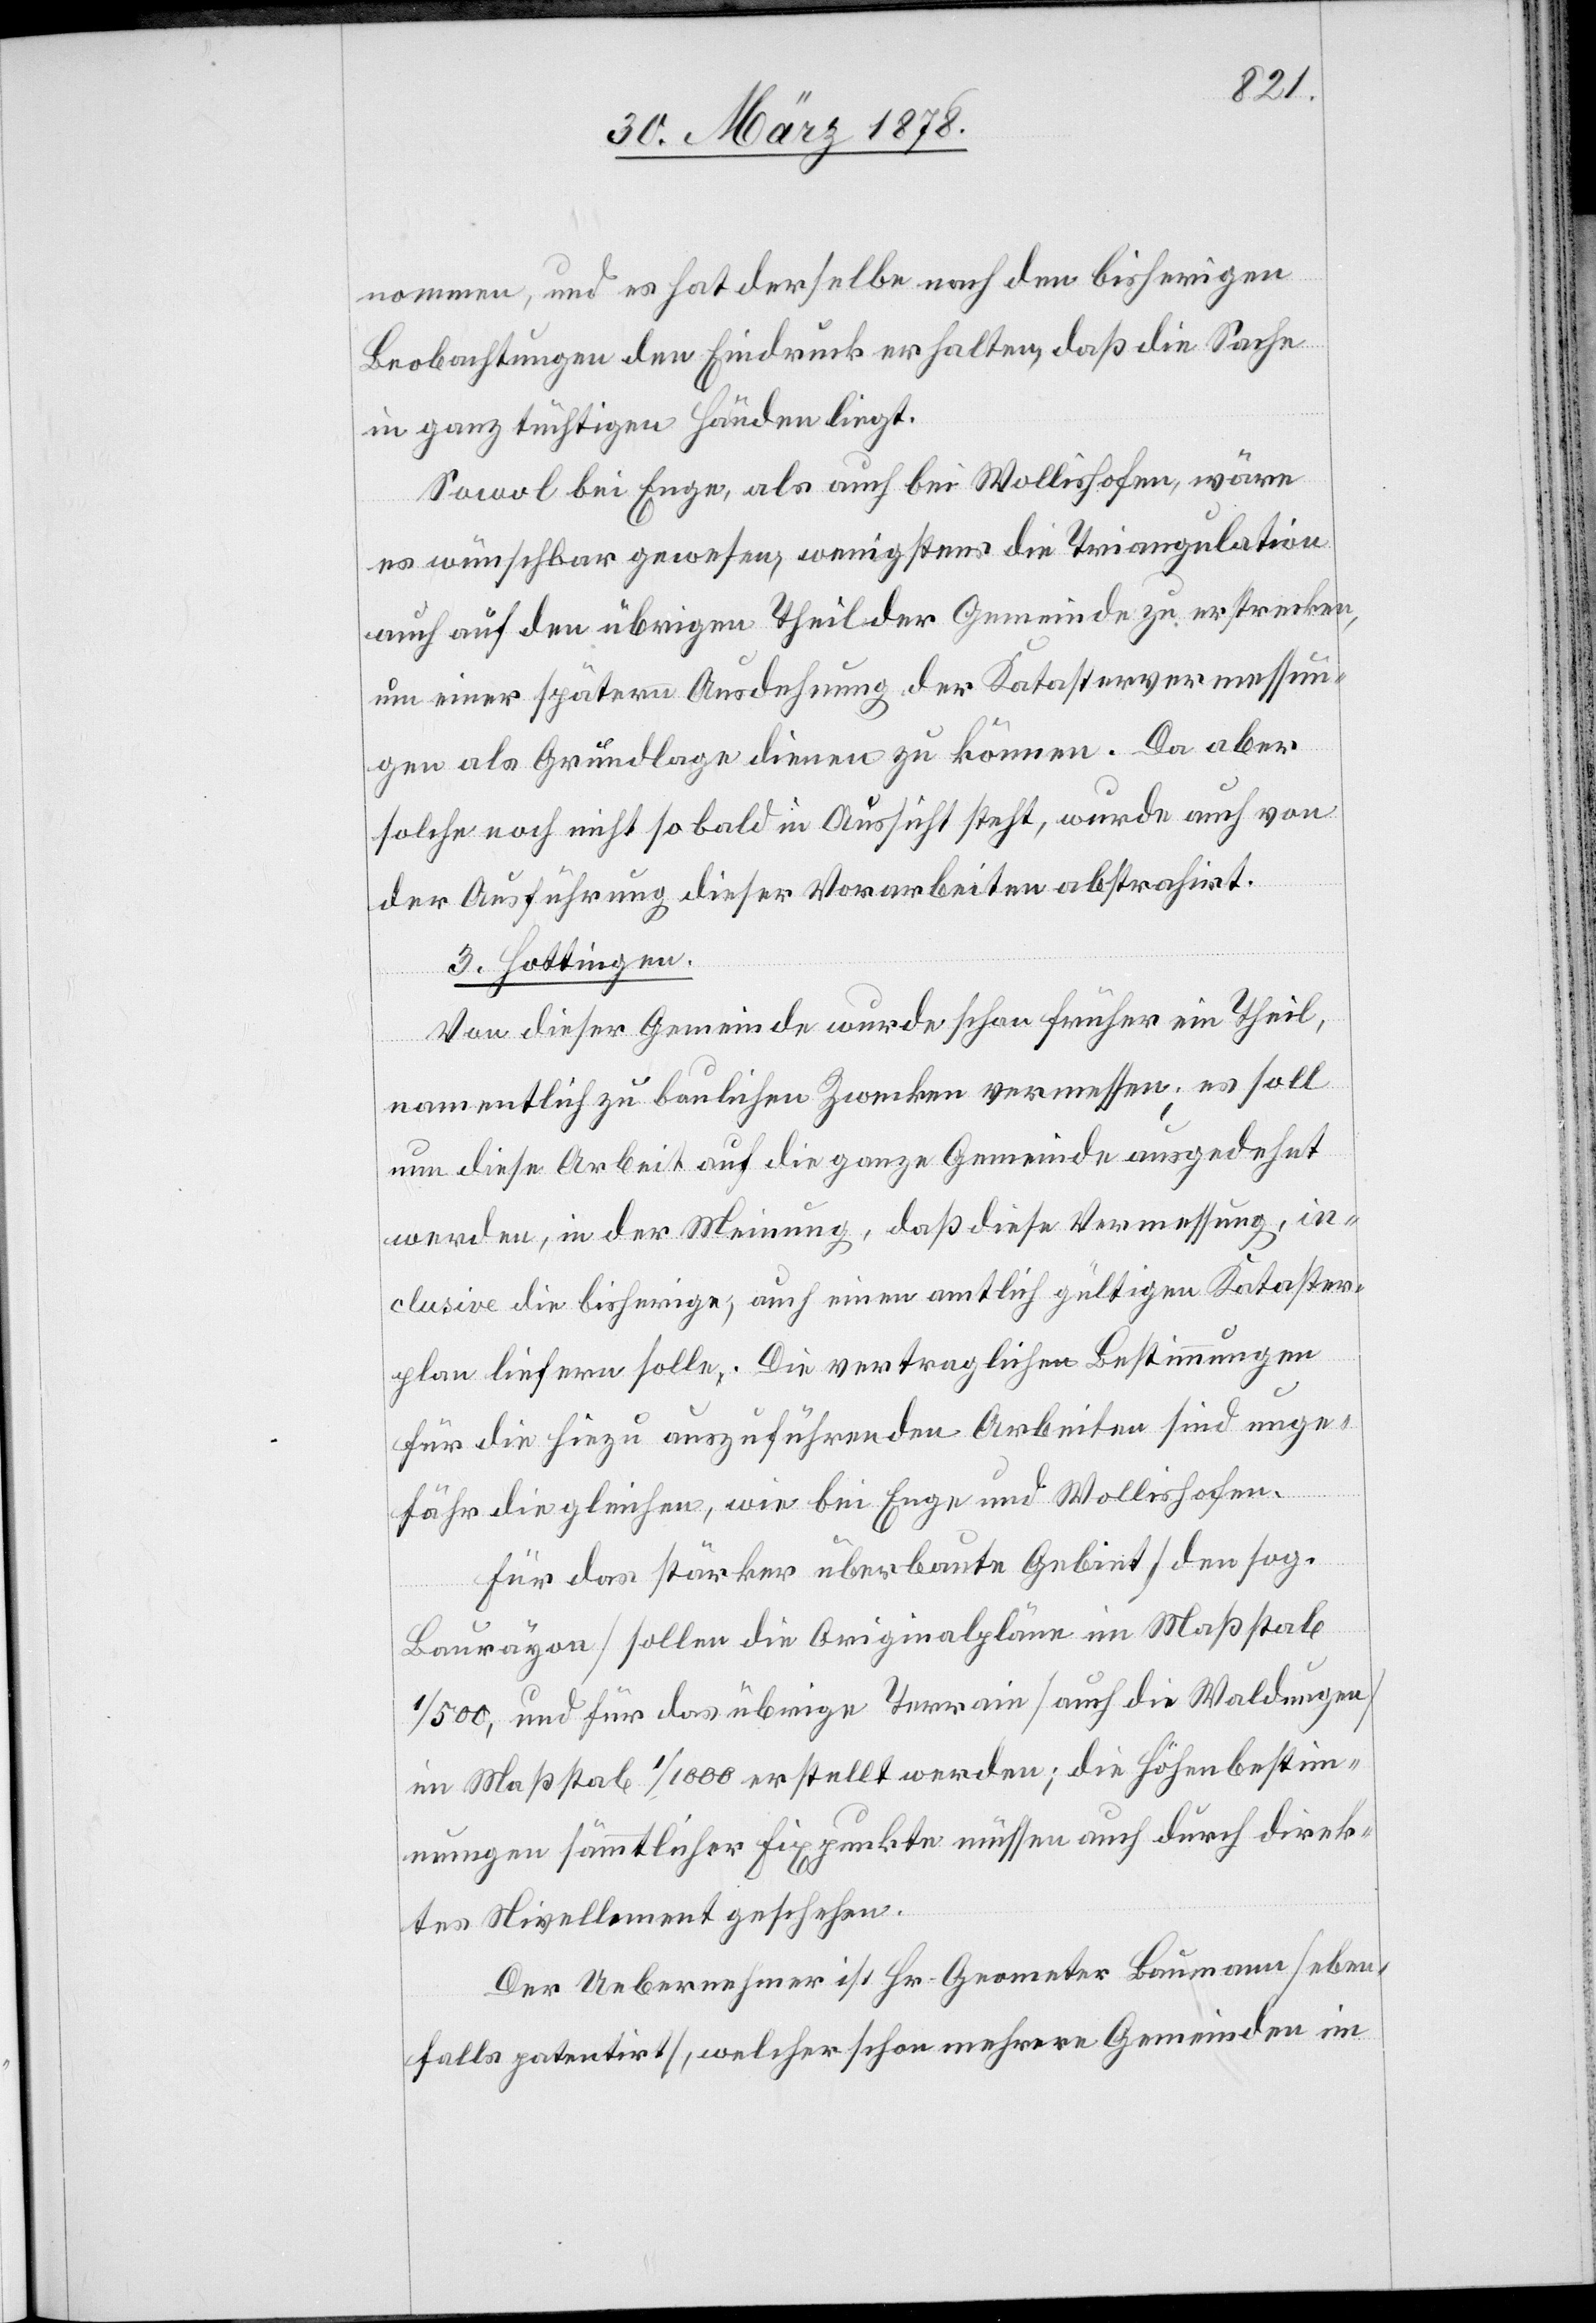
nommen, und es hat derselbe nach den bisherigen
Beobachtungen den Eindruck erhalten, daß die Sache
in ganz tüchtigen Händen liegt.
Sowol bei Enge, als auch bei Wollishofen, wäre
es wünschbar gewesen, wenigstens die Triangulation
auch auf den übrigen Theil der Gemeinde zu erstrecken,
um einer spätern Ausdehnung der Katastervermessun¬
gen als Grundlage dienen zu können. Da aber
solche noch nicht so bald in Aussicht steht, wurde auch von
der Ausführung dieser Vorarbeiten abstrahirt.
3. Hottingen.
Von dieser Gemeinde wurde schon früher ein Theil,
namentlich zu baulichen Zwecken vermessen; es soll
um diese Arbeit auf die ganze Gemeinde ausgedehnt
werden, in der Meinung, daß diese Vermessung, in¬
clusive die bisherige, auch einen amtlich gültigen Kataster¬
plan liefern solle. Die vertraglichen Bestimmungen
für die hiezu auszuführenden Arbeiten sind unge¬
fähr die gleichen, wie bei Enge und Wollishofen.
Für das stärker überbaute Gebiet (den sog.
Baurayon) sollen die Originalpläne im Maßstab
1/500, und für das übrige Terrain (auch die Waldungen=
im Maßstab 1/1000 erstellt werden; die Höhenbestim¬
mungen sämmtlicher Fixpunkte müssen auch durch direk¬
tes Nivellement geschehen.
Der Uebernehmer ist Hr. Geometer Baumann (eben¬
falls patentirt), welcher schon mehrere Gemeinden im